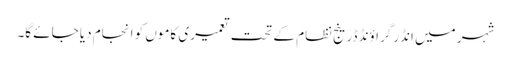
شہر میں انڈر گراؤنڈ ڈرینج نظام کے تحت تعمیری کاموں کو انجام دیا جائے گا۔